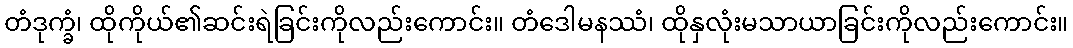
တံဒုက္ခံ၊ ထိုကိုယ်၏ဆင်းရဲခြင်းကိုလည်းကောင်း။ တံဒေါမနဿံ၊ ထိုနှလုံးမသာယာခြင်းကိုလည်းကောင်း။